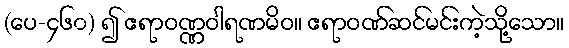
(ပေ-၄၆၀) ၍ ဧရာဝဏ္ဏဝါရဏမိဝ။ ဧရာဝဏ်ဆင်မင်းကဲ့သို့သော။